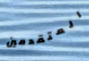
المتقدمين